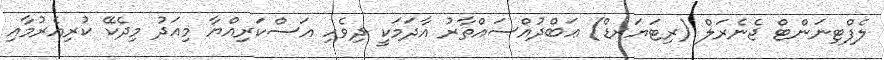
ލެފްޓިނަންޓް ޖެނެރަލް (ރިޓަަޔަރޑް) ޢަބްދުއްސައްތާރު އާދަމަކީ ދިވެހި އަސްކަރިއްޔާ މިއަދު މިދެކޭ ކުރިއެރުމާއި